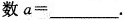
数 $$a = ___$$.